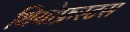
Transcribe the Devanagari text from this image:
थियोफ्रस्टस